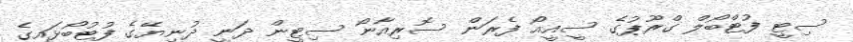
ސިޓީ ފުޓްބޯލް ގްރޫޕުގެ ސީއީއޯ ފެރަން ސޮރިއާނޯ ސިޓީން ދަނީ ދުނިޔޭގެ ފުޓުބޯޅައިގެ